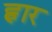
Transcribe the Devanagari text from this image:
ह्वार